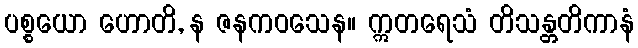
ပစ္စယော ဟောတိ, န ဇနကဝသေန။ ဣတရေသံ တိသန္တတိကာနံ